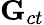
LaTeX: \mathbf{G}_{ct}